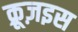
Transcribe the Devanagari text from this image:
क्रूज़इस